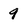
Character: 9